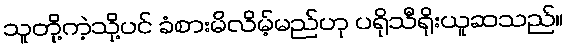
သူတို့ကဲ့သို့ပင် ခံစားမိလိမ့်မည်ဟု ပရိုသီရိုးယူဆသည်။